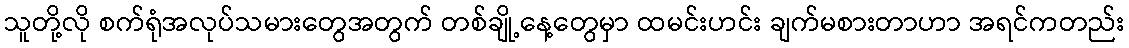
သူတို့လို စက်ရုံအလုပ်သမားတွေအတွက် တစ်ချို့နေ့တွေမှာ ထမင်းဟင်း ချက်မစားတာဟာ အရင်ကတည်း